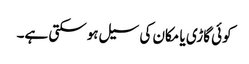
کوئی گاڑی یا مکان کی سیل ہوسکتی ہے۔